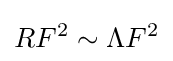
RF^{2}\sim \Lambda F^{2}